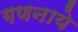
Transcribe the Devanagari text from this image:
गणनाये